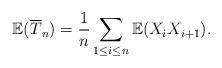
LaTeX: \begin{align*}\mathbb{E}(\overline{T}_n)=\frac{1}{n}\sum_{1\leq i\leq n}\mathbb{E}(X_iX_{i+1}). \end{align*}